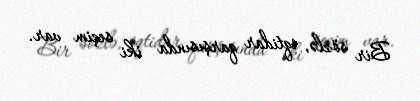
Bir sözlə, iqtidar qarşısında iki seçim var.